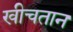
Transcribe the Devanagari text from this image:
खीचतान